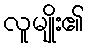
လူမျိုး၏